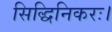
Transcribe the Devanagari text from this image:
सिद्धिनिकरः।